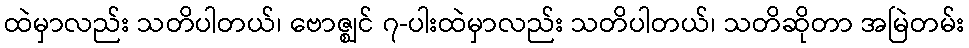
ထဲမှာလည်း သတိပါတယ်၊ ဗောဇ္ဈင် ၇-ပါးထဲမှာလည်း သတိပါတယ်၊ သတိဆိုတာ အမြဲတမ်း